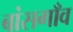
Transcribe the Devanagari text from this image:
बांसगाँव